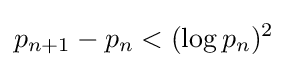
p_{n+1}-p_{n}<(\log p_{n})^{2}